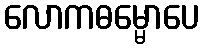
လောကဓမ္မောပေ